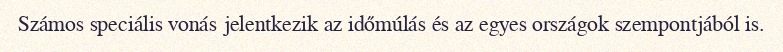
Számos speciális vonás jelentkezik az időmúlás és az egyes országok szempontjából is.